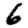
Digit: 6